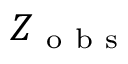
Z _ { \mathrm { ~ o ~ b ~ s ~ } }